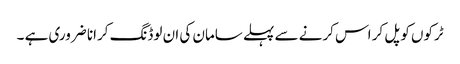
ٹرکوں کو پل کر اس کرنے سے پہلے سامان کی ان لوڈنگ کرانا ضروری ہے ۔